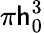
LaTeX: \pi\mathsf{h}_{0}^{3}